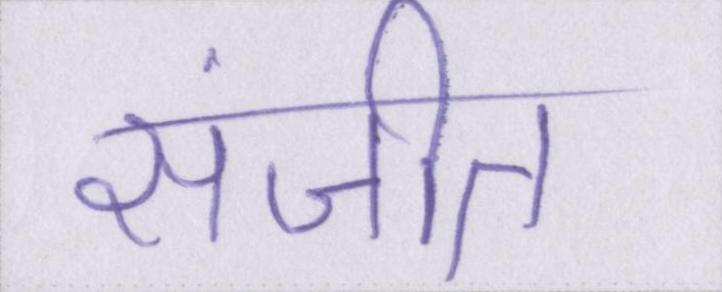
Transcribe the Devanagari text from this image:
संजीत